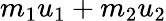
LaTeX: m_{1}u_{1}+m_{2}u_{2}